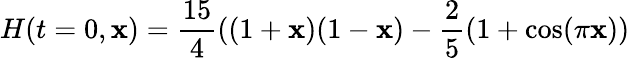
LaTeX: H(t=0,\mathbf{x})=\frac{{15}}{{4}}((1+\mathbf{x})(1-\mathbf{x})-\frac{2}{5}(1+\cos(\pi\mathbf{x}))